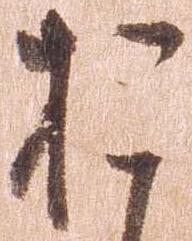
お